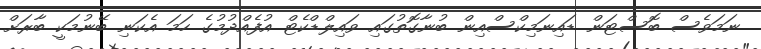
ނަމަވެސް ބޮސްޓަން ޑައިނަމިކްސްއިން ބުނާގޮތުގައި ވައިލްޑްކެޓް އުފެއްދުމުގެ ހަމަ އެކަނި ބޭނުމަކީ ބާރަށް